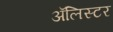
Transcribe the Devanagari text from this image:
अॅलिस्टर